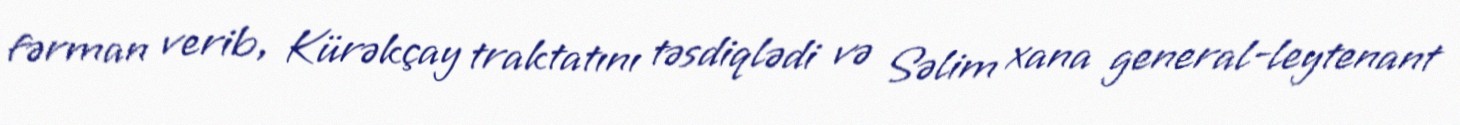
fərman verib, Kürəkçay traktatını təsdiqlədi və Səlim xana general-leytenant